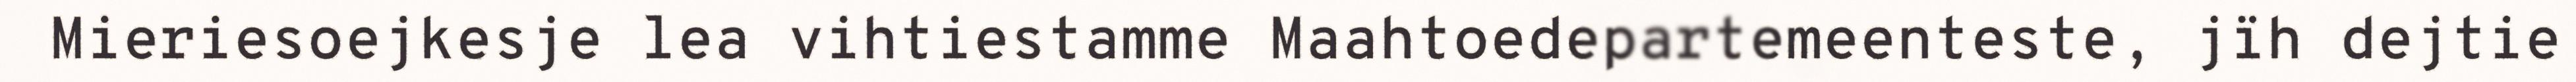
Mieriesoejkesje lea vihtiestamme Maahtoedepartemeenteste, jïh dejtie